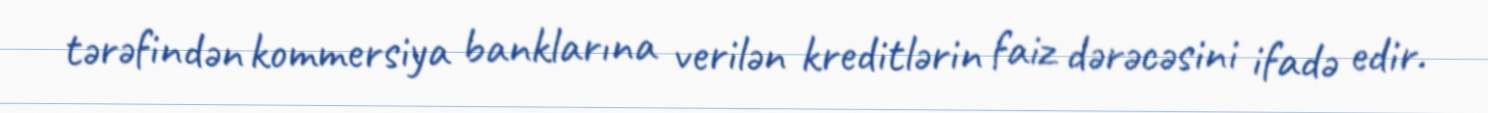
tərəfindən kommersiya banklarına verilən kreditlərin faiz dərəcəsini ifadə edir.